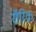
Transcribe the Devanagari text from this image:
रॉरिक